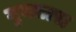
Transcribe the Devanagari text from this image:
गुमतारा